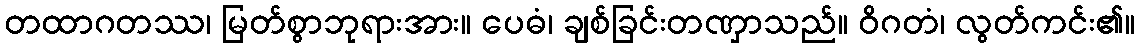
တထာဂတဿ၊ မြတ်စွာဘုရားအား။ ပေဓံ၊ ချစ်ခြင်းတဏှာသည်။ ဝိဂတံ၊ လွတ်ကင်း၏။